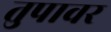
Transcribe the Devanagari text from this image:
तुपावर